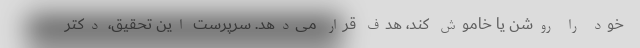
خود را روشن یا خاموش کند، هدف قرار می‌دهد. سرپرست این تحقیق، دکتر